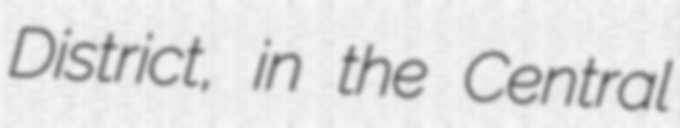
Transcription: District, in the Central